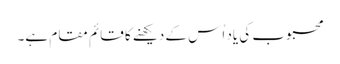
محبوب کی یاد اُس کے دیکھنے کا قائم مقام ہے۔